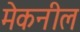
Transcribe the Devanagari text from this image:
मेकनील